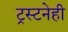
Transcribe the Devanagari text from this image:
ट्रस्टनेही